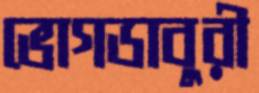
ভোগডাবুরী